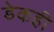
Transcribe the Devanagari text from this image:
डेकही